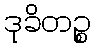
ဒုခိတဉ္စ